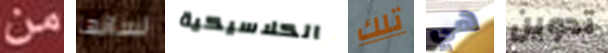
من لسانها الكلاسيكية تلك هي تدوين